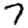
Digit: 7